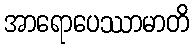
အာရောပေဿာမာတိ